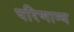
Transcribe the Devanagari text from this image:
परिणाम्य